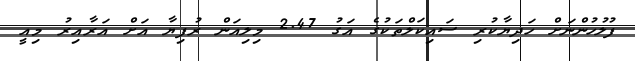
ފުލުހުންނަށް ހަދިޔާކުރި ސައިކަލްތަކުގެ އަގު 2.47 މިލިއަން ރުފިޔާ އަށް އަރާއިރު މިއީ